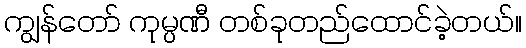
ကျွန်တော် ကုမ္ပဏီ တစ်ခုတည်ထောင်ခဲ့တယ်။